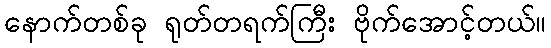
နောက်တစ်ခု ရုတ်တရက်ကြီး ဗိုက်အောင့်တယ်။